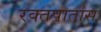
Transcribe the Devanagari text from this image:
रक्तपातास